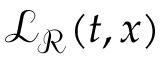
\mathcal { L } _ { \mathcal { R } } ( t , x )